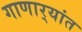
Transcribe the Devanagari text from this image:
गाणार्‍यांत